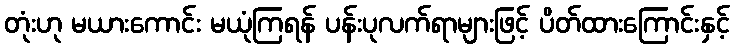
တုံးဟု မယားကောင်း မယုံကြရန် ပန်းပုလက်ရာများဖြင့် ပိတ်ထားကြောင်းနှင့်